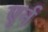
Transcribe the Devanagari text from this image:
एर्न